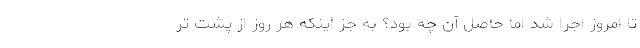
تا امروز اجرا شد اما حاصل آن چه بود؟ به جز اینکه هر روز از پشت تر